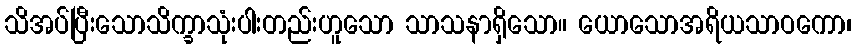
သိအပ်ပြီးသောသိက္ခာသုံးပါးတည်းဟူသော သာသနာရှိသော။ ယောသောအရိယသာဝကော၊